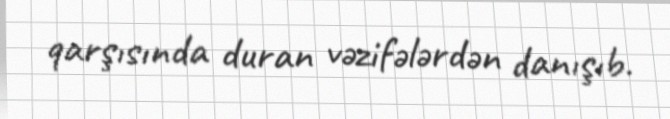
qarşısında duran vəzifələrdən danışıb.